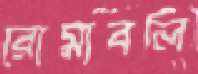
রোমাবলি